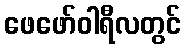
ဖေဖော်ဝါရီလတွင်